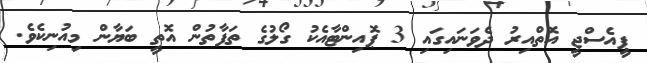
ޕީއެސްޖީ އޮތްއިރު ދެވަނައިގައި 3 ޕޮއިންޓާއެކު ގޯލުގެ ތަފާތުން އޮތީ ބަޔާން މިއުނިކެވެ.